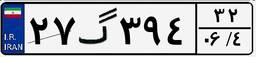
۵۲گ۱۰۸۶۸